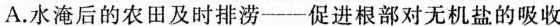
A.水淹后的农田及时排涝——促进根部对无机盐的吸收